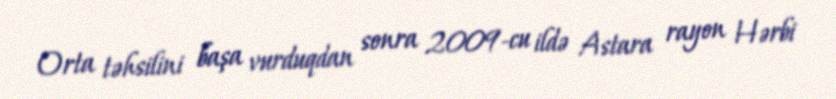
Orta təhsilini başa vurduqdan sonra 2009-cu ildə Astara rayon Hərbi